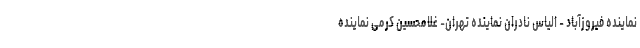
نماینده فیروزآباد - الیاس نادران نماینده تهران- غلامحسین کرمی نماینده